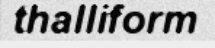
thalliform